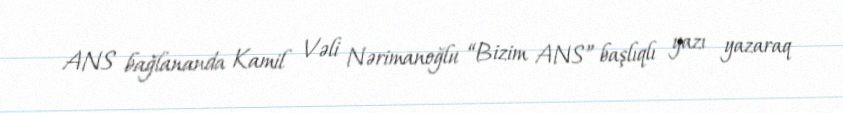
ANS bağlananda Kamil Vəli Nərimanoğlu “Bizim ANS” başlıqlı yazı yazaraq